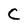
Character: C